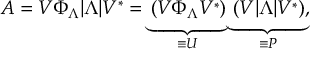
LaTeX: A = V \Phi _ { \Lambda } | \Lambda | V ^ { * } = \underbrace { \left( V \Phi _ { \Lambda } V ^ { * } \right) } _ { \equiv U } \underbrace { \left( V | \Lambda | V ^ { * } \right) } _ { \equiv P } ,